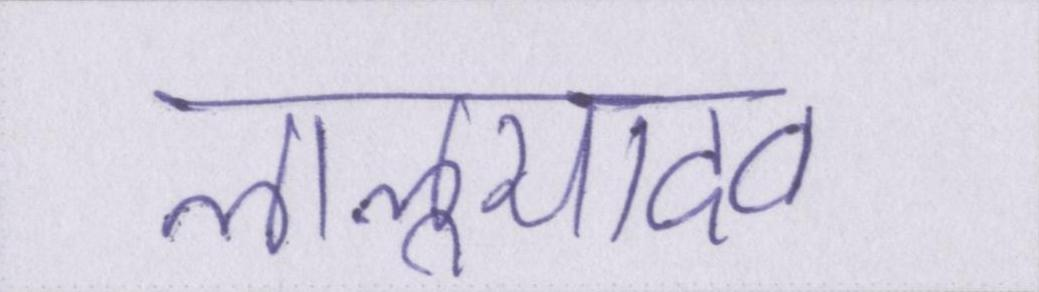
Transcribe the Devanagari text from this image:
लालूयादव